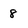
Character: 8